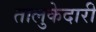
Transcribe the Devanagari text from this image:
तालुकेदारी